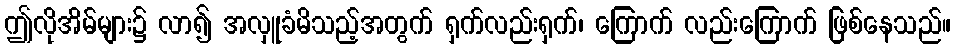
ဤလိုအိမ်များ၌ လာ၍ အလှူခံမိသည့်အတွက် ရှက်လည်းရှက်၊ ကြောက် လည်းကြောက် ဖြစ်နေသည်။